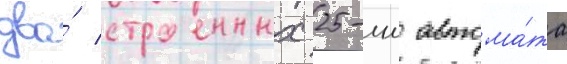
два́ строенных 25-мм автома́та